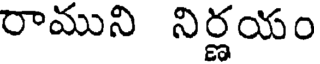
రాముని నిర్ణయం